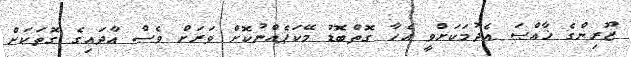
ޒޫރިންގެ ޚާއްޞަ އެދުމަކަށްވީ އެހާ ގޮތްބޮޑު މޭކަޕެއްނުކޮށް ވަރަށް ވެސް އާދައިގެ ގޮތަކަށް